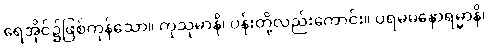
ရေအိုင်၌ဖြစ်ကုန်သော။ ကုသုမာနိ၊ ပန်းတို့လည်းကောင်း။ ပရမမနောရမ္မာနိ၊